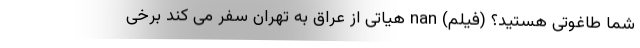
شما طاغوتی هستید؟ (فیلم) nan هیاتی از عراق به تهران سفر می کند برخی